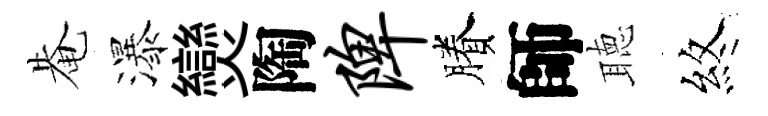
𤲅瀑𤓖陶陴賸師聴煞